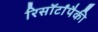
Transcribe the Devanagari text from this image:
रिसॉर्टांपैकी